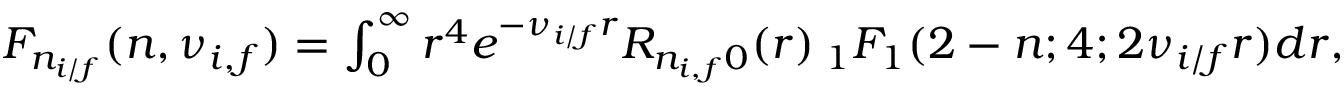
\begin{array} { r } { F _ { n _ { i / f } } ( n , \nu _ { i , f } ) = \int _ { 0 } ^ { \infty } r ^ { 4 } e ^ { - \nu _ { i / f } r } R _ { n _ { i , f } 0 } ( r ) \: _ { 1 } F _ { 1 } ( 2 - n ; 4 ; 2 \nu _ { i / f } r ) d r , } \end{array}